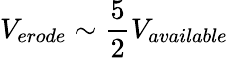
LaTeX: V_{erode}\sim\frac{5}{2}V_{available}